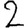
Digit: 2